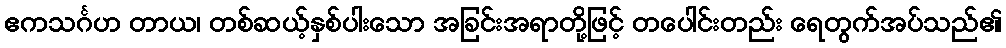
ဧကသင်္ဂဟ တာယ၊ တစ်ဆယ့်နှစ်ပါးသော အခြင်းအရာတို့ဖြင့် တပေါင်းတည်း ရေတွက်အပ်သည်၏